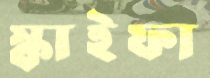
স্কাইফা